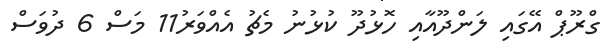
ގްރޫޕް އޭގައި ލަންދޫއާއި ހޮޅުދޫ ކުޅުނު މެޗު އެއްވަރު11 މަސް 6 ދުވަސް